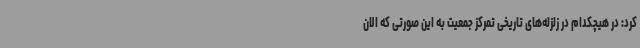
کرد: در هیچکدام در زلزله‌های تاریخی تمرکز جمعیت به این صورتی که الان